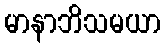
မာနာဘိသမယာ